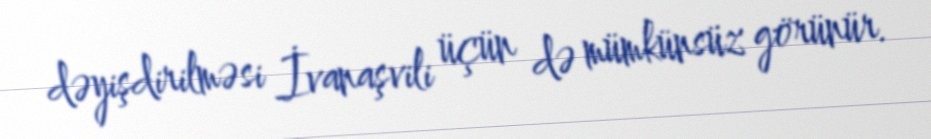
dəyişdirilməsi İvanaşvili üçün də mümkünsüz görünür.